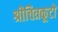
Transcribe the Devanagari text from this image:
श्रीचित्रकूटो